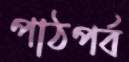
পাঠপর্ব